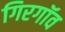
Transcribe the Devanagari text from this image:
गिरगॉव